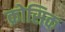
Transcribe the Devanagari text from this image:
क्रोसिक